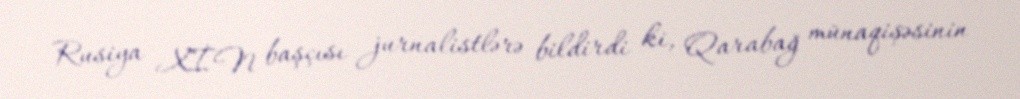
Rusiya XİN başçısı jurnalistlərə bildirdi ki, Qarabağ münaqişəsinin